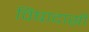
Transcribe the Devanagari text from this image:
विषादासी